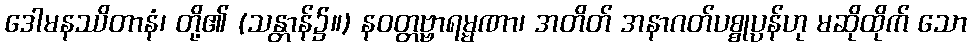
ဒေါမနဿိတာနံ၊ တို့၏ (သန္တာန်၌။) နဝတ္တဗ္ဗာရမ္မဏာ၊ အတိတ် အနာဂတ်ပစ္စုပ္ပန်ဟု မဆိုထိုက် သော